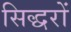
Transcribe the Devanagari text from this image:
सिद्धरों